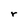
Character: r